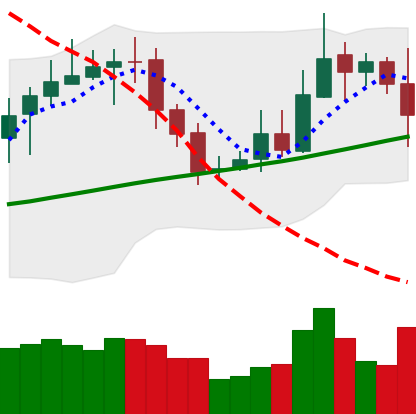
Ticker: XRP-USD
Chart end date: 2020-10-26
Forward return: -3.596%
Label: down_3_5